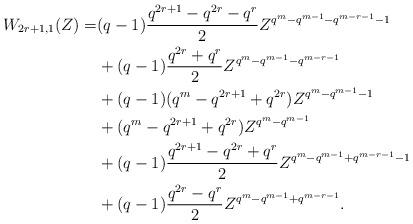
LaTeX: \begin{align*}W_{2r+1,1}(Z)=&(q-1)\frac{q^{2r+1}-q^{2r}-q^r}{2}Z^{q^m-q^{m-1}-q^{m-r-1}-1}\\&+(q-1)\frac{q^{2r}+q^r}{2}Z^{q^m-q^{m-1}-q^{m-r-1}}\\&+(q-1)(q^m-q^{2r+1}+q^{2r})Z^{q^m-q^{m-1}-1}\\&+(q^m-q^{2r+1}+q^{2r})Z^{q^m-q^{m-1}}\\&+(q-1)\frac{q^{2r+1}-q^{2r}+q^r}{2}Z^{q^m-q^{m-1}+q^{m-r-1}-1}\\&+(q-1)\frac{q^{2r}-q^r}{2}Z^{q^m-q^{m-1}+q^{m-r-1}}.\end{align*}